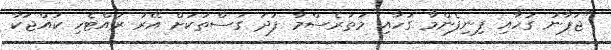
"ޖަޕާނު ގަހާއި ފިނިފެންމާ ގަހާއި މަތަރެސްމާ ފަދަ ގަސްތަކަށް އޭރު ރައްޓެހި ކުއްޖަކާ